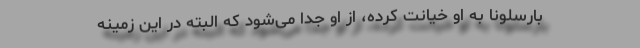
بارسلونا به او خیانت کرده، از او جدا می‌شود که البته در این زمینه